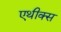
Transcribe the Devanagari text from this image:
एथीक्स